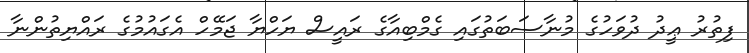
ފިތުރު ޢީދު ދުވަހުގެ މުނާސަބަތުގައި ގެމްބިއާގެ ރައީސް ޔަހްޔާ ޖަމޭހް އެގައުމުގެ ރައްޔިތުންނާ